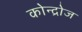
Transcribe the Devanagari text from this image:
कोन्द्रोज